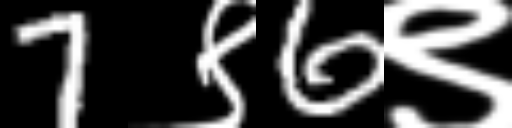
Text: 7९6९